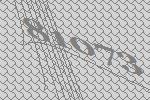
81073